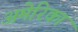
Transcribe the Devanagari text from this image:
अमेरिकां